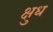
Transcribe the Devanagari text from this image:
क्षुध